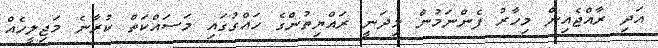
އަދި ރާއްޖެއިން މިހާރު ފެންނަމުން މިދަނީ ރައްޔިތުންގެ ހައްގުގައި މަސައްކަތް ކުރާނެ މަޖިލީހެއް